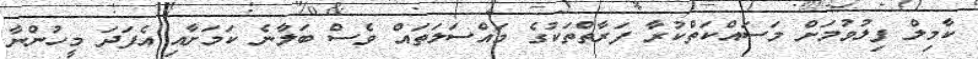
ކާމިލް ފިލުވުމަށް މަސައްކަތްކުރާ ފަރާތްތަކުގެ މައްސަލަތައް ވެސް ބަލާނެ ކަމަށާއި އެފަދަ މީހުންނާ